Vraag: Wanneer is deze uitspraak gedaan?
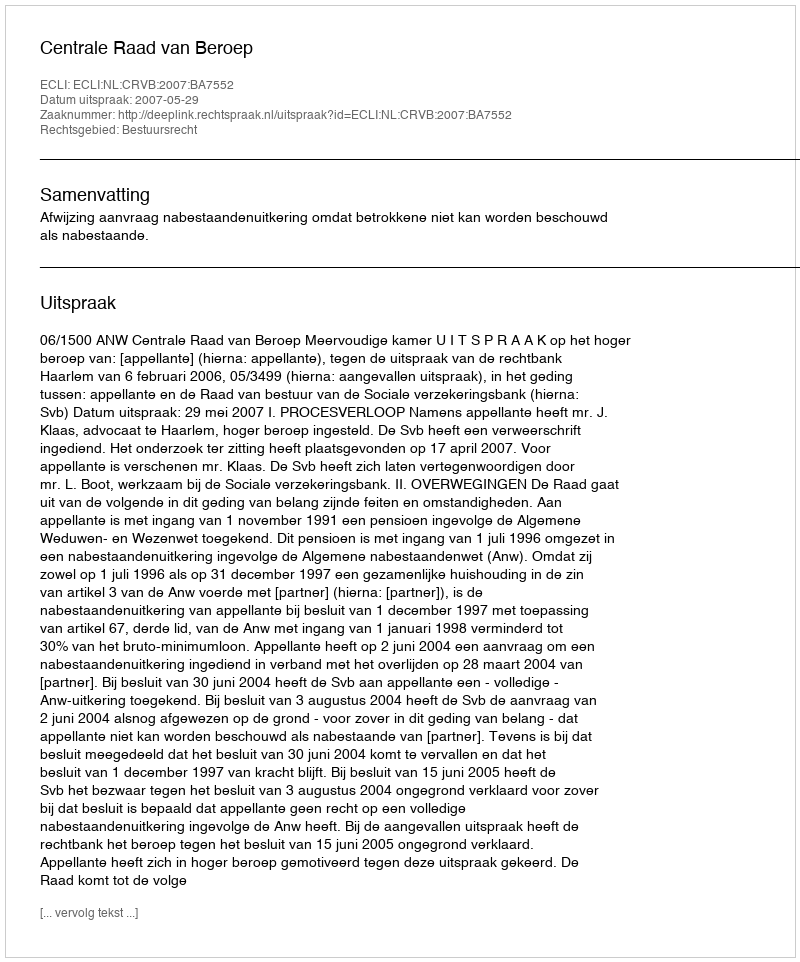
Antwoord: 2007-05-29